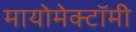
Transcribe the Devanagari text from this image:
मायोमेक्टॉमी